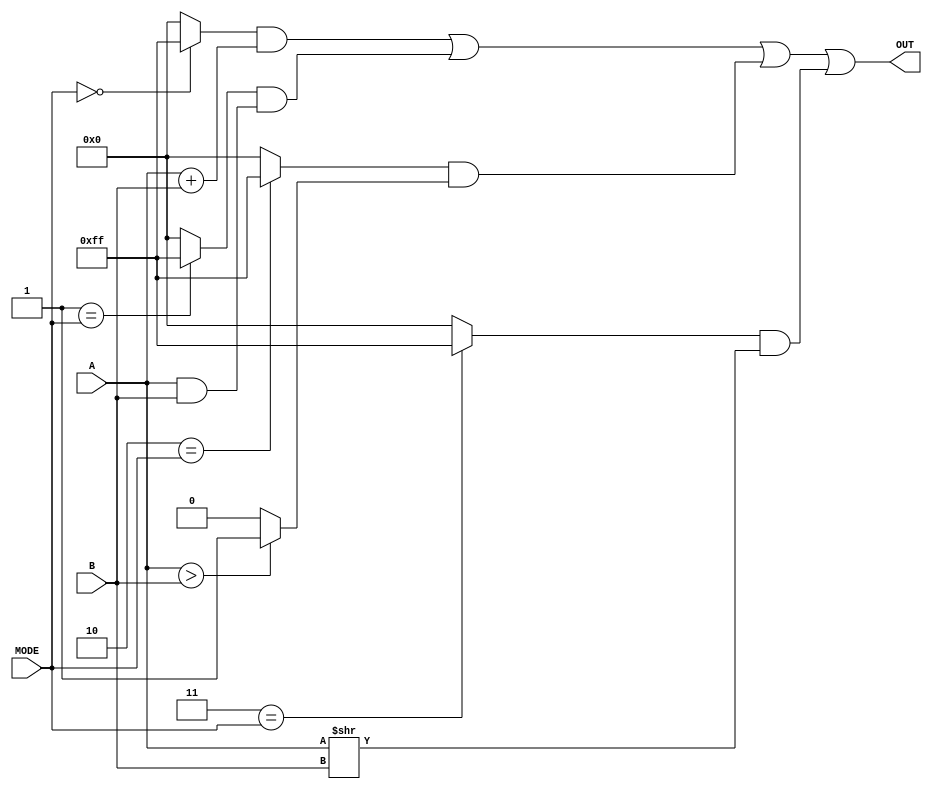
module ALU(OUT,A,B,MODE);
	input[3:0] A,B;
	input[1:0] MODE;
	output[7:0] OUT;
	assign OUT =
		(0==MODE?~0:0)&({4'b0,A}+{4'b0,B})|
		(1==MODE?~0:0)&(A&B)|
		(2==MODE?~0:0)&(A>B?1:0)|
		(3==MODE?~0:0)&(A>>B);
endmodule